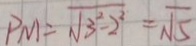
P M = \sqrt { 3 ^ { 2 } - 2 ^ { 2 } } = \sqrt { 5 }